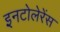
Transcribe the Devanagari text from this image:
इनटोलेरेंस